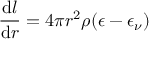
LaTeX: { \frac { { \mathrm { d } } l } { { \mathrm { d } } r } } = 4 \pi r ^ { 2 } \rho ( \epsilon - \epsilon _ { \nu } )